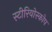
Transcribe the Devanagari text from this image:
स्टीरियोस्कोप